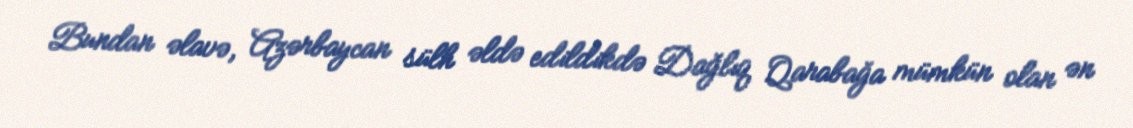
Bundan əlavə, Azərbaycan sülh əldə edildikdə Dağlıq Qarabağa mümkün olan ən